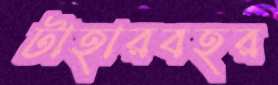
টাহারবহর